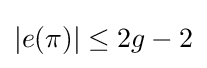
|e(\pi )|\leq 2g-2